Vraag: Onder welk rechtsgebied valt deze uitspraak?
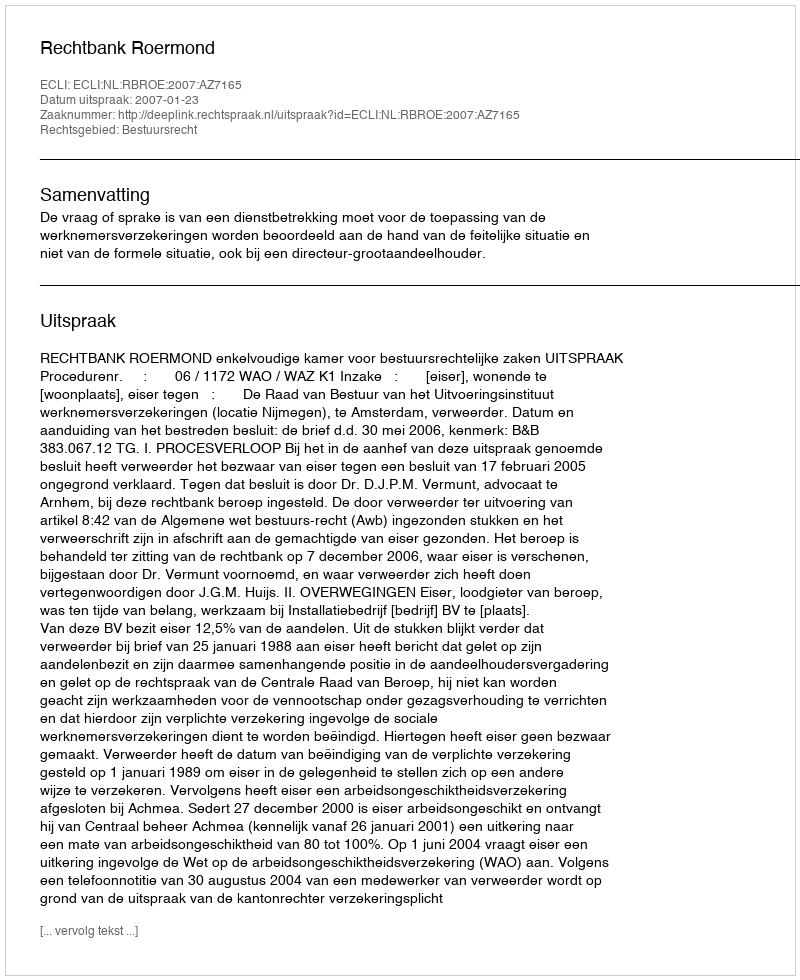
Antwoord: Bestuursrecht